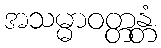
အသမ္မာဝတ္တန္တံ